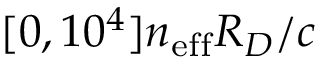
[ 0 , 1 0 ^ { 4 } ] n _ { \mathrm { e f f } } R _ { D } / c